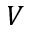
V